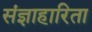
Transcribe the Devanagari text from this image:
संज्ञाहारिता